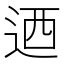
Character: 迺